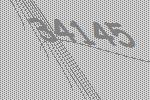
34145